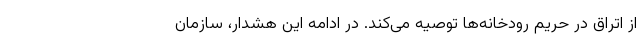
از اتراق در حریم رودخانه‌ها توصیه می‌کند. در ادامه این هشدار، سازمان